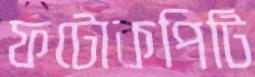
ফটোকপিটি